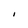
Character: I